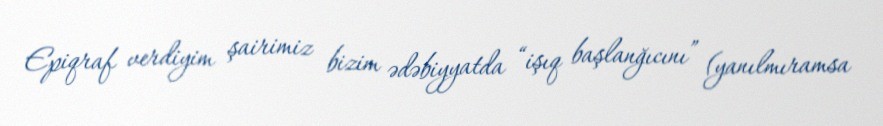
Epiqraf verdiyim şairimiz bizim ədəbiyyatda “işıq başlanğıcını” (yanılmıramsa